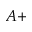
A +